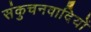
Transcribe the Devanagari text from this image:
संकुचनवादियों